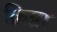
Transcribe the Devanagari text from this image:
क्रिग्रा